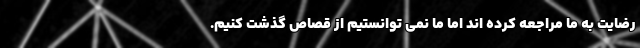
رضایت به ما مراجعه کرده اند اما ما نمی توانستیم از قصاص گذشت کنیم.